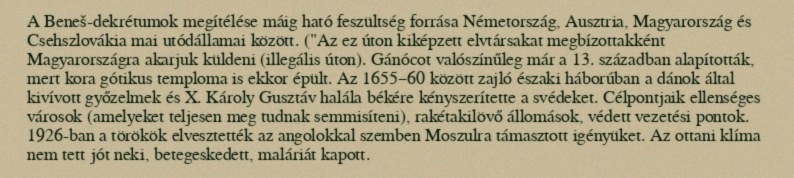
A Beneš-dekrétumok megítélése máig ható feszültség forrása Németország, Ausztria, Magyarország és Csehszlovákia mai utódállamai között. ("Az ez úton kiképzett elvtársakat megbízottakként Magyarországra akarjuk küldeni (illegális úton). Gánócot valószínűleg már a 13. században alapították, mert kora gótikus temploma is ekkor épült. Az 1655–60 között zajló északi háborúban a dánok által kivívott győzelmek és X. Károly Gusztáv halála békére kényszerítette a svédeket. Célpontjaik ellenséges városok (amelyeket teljesen meg tudnak semmisíteni), rakétakilövő állomások, védett vezetési pontok. 1926-ban a törökök elvesztették az angolokkal szemben Moszulra támasztott igényüket. Az ottani klíma nem tett jót neki, betegeskedett, maláriát kapott.